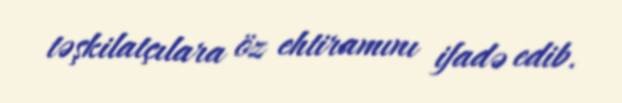
təşkilatçılara öz ehtiramını ifadə edib.